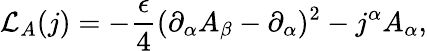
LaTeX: {\cal L}_{A}(j)=-{\frac{\epsilon}{4}}(\partial_{\alpha}A_{\beta}-\partial_{\alpha})^{2}-j^{\alpha}A_{\alpha},